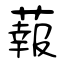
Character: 蕔